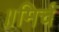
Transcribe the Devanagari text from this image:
॥मिर्च